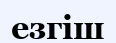
езгіш